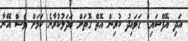
އަދި އޮފްސައިޑް ގަވައިދު ކުރިން އޮތް ގޮތަށް ބަދަލުކުރާނެ ކަމަށް ވެސް އޭނާ